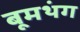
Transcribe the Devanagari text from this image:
बूमथंग